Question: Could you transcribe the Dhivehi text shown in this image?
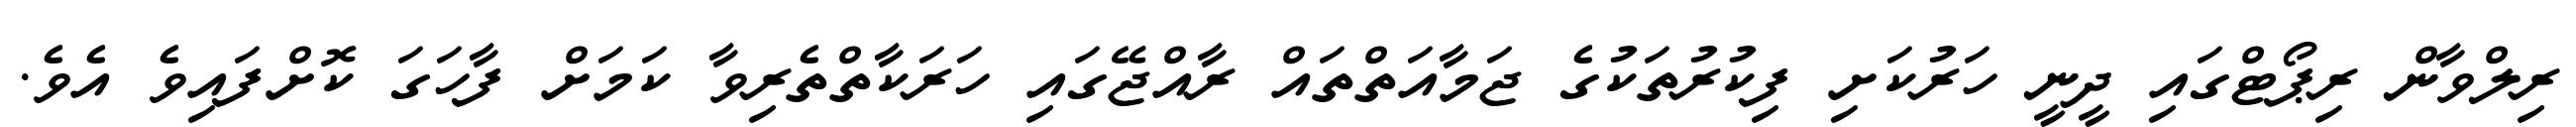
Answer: ރިލްވާން ރިޕޯޓްގައި ދީނީ ހަރުކަށި ފިކުރުތަކުގެ ޖަމާއަތްތައް ރާއްޖޭގައި ހަރަކާތްތެރިވާ ކަމަށް ފާހަގަ ކޮށްފައިވެ އެވެ.